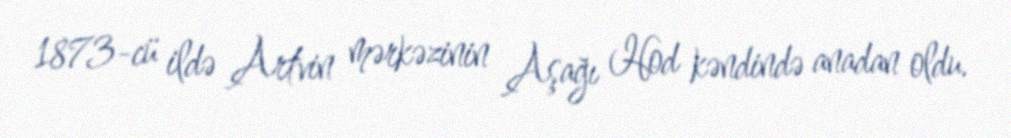
1873-cü ildə Artvin mərkəzinin Aşağı Hod kəndində anadan oldu.